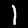
Label: 1